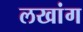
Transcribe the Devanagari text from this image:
लखांग